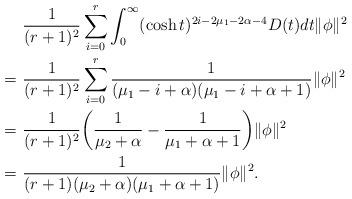
LaTeX: \begin{align*}&~\frac{1}{(r+1)^2}\sum^r_{i=0}\int^\infty_0 (\cosh t)^{2i-2\mu_1-2\alpha-4}D(t)dt\|\phi\|^2 \\=&~\frac{1}{(r+1)^2}\sum^r_{i=0} \frac{1}{(\mu_1-i+\alpha)(\mu_1-i+\alpha+1)}\|\phi\|^2\\=&~\frac{1}{(r+1)^2}\bigg(\frac{1}{\mu_2+\alpha}-\frac{1}{\mu_1+\alpha+1}\bigg)\|\phi\|^2\\=&~\frac{1}{(r+1)(\mu_2+\alpha)(\mu_1+\alpha+1)}\|\phi\|^2.\end{align*}